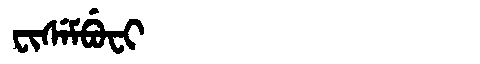
Manchu: ᠸᡳᠰᡝᠮᠪᡠᠸᡳ
Romanization: FISEMBUFI